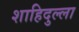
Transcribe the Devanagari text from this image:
शाहिदुल्ला